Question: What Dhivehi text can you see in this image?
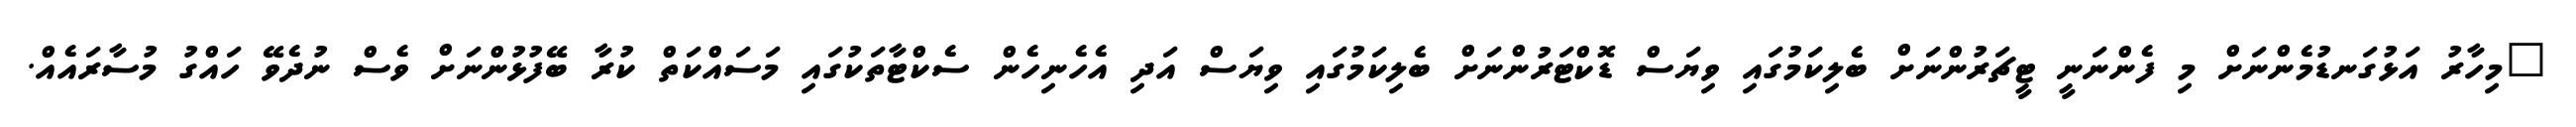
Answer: "މިހާރު އަޅުގަނޑުމެންނަށް މި ފެންނަނީ ޓީޗަރުންނަށް ބެލިކަމުގައި ވިޔަސް ޑޮކްޓަރުންނަށް ބެލިކަމުގައި ވިޔަސް އަދި އެހެނިހެން ސެކްޓާތަކުގައި މަސައްކަތް ކުރާ ބޭފުޅުންނަށް ވެސް ނުދެވޭ ހައްގު މުސާރައެއް.